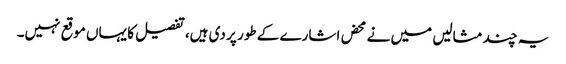
یہ چند مثالیں میں نے محض اشارے کے طور پر دی ہیں، تفصیل کا یہاں موقع نہیں۔